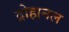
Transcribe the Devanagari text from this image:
द्रोहानल